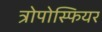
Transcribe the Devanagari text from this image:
त्रोपोस्फियर